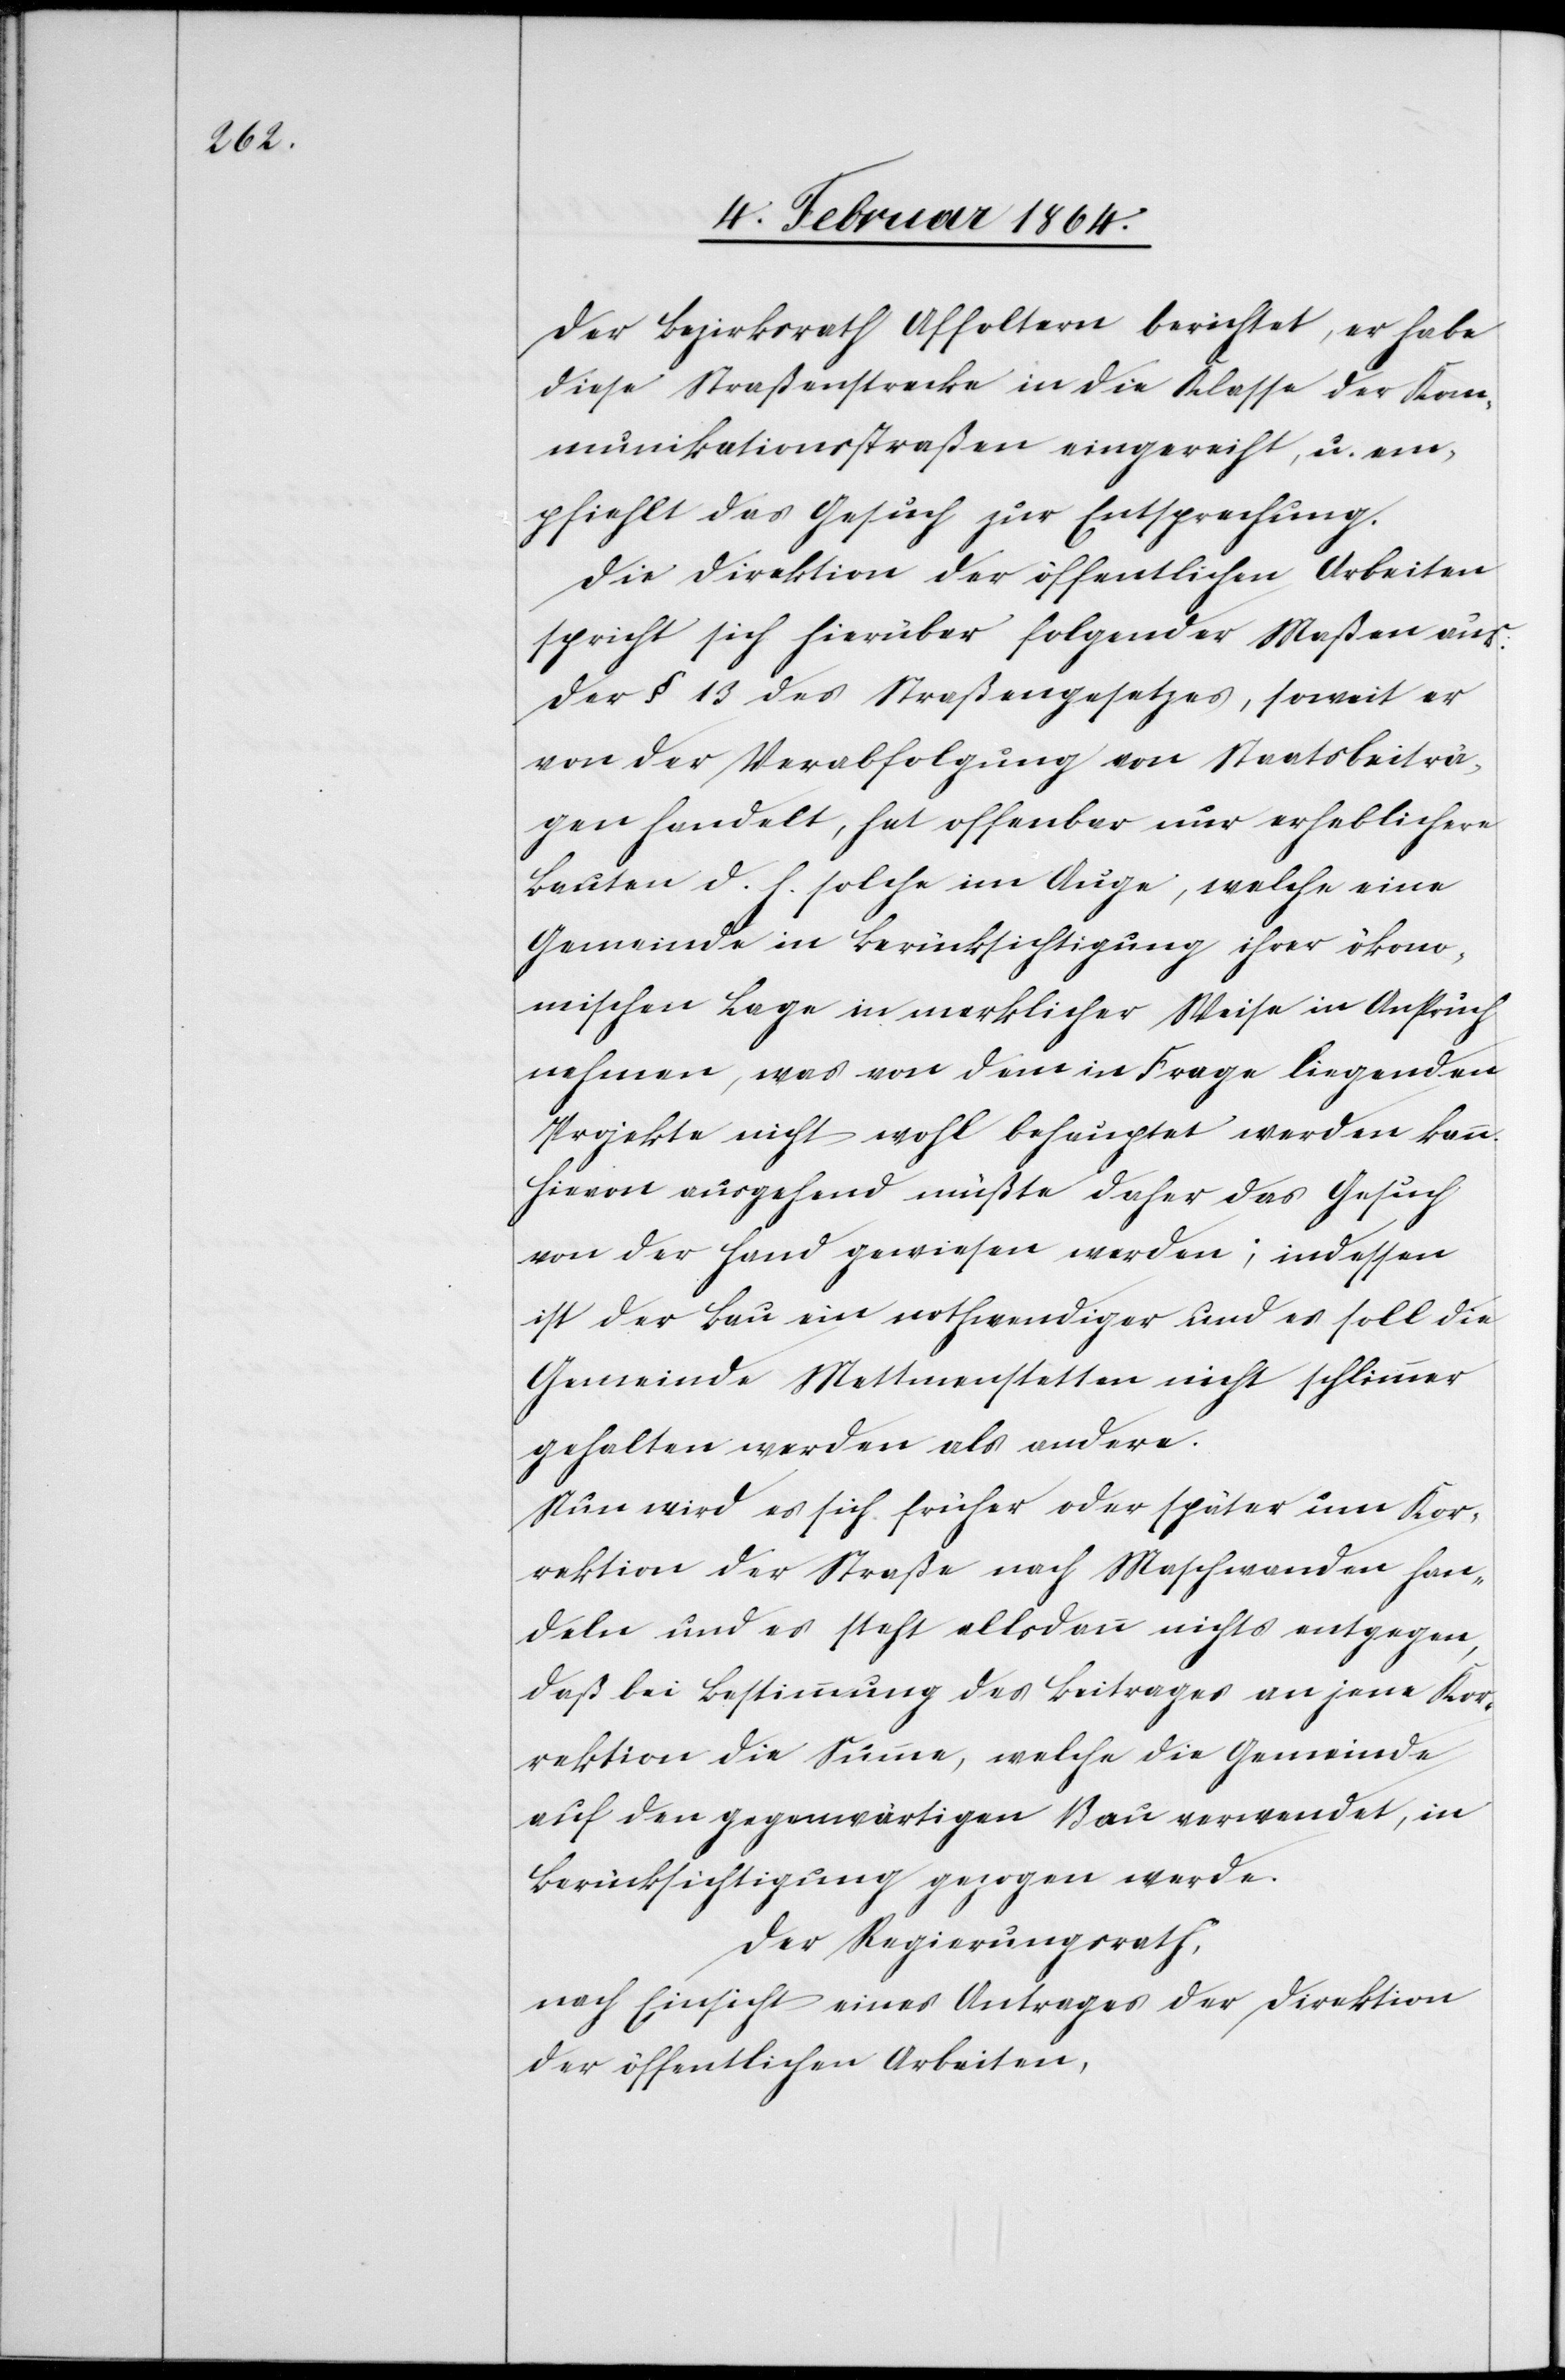
Der Bezirksrath Affoltern berichtet, er habe
diese Straßenstrecke in die Klasse der Kom¬
munikationsstraßen eingereiht, u. em¬
pfiehlt das Gesuch zur Entsprechung.
Die Direktion der öffentlichen Arbeiten
spricht sich hierüber folgender Maßen aus:
Der § 13 des Straßengesetzes, soweit er
von der Verabfolgung von Staatsbeiträ¬
gen handelt, hat offenbar nur erheblichere
Bauten d. h. solche im Auge, welche eine
Gemeinde in Berücksichtigung ihrer ökono¬
mischen Lage in merklicher Weise in Anspruch
nehmen, was von dem in Frage liegenden
Projekte nicht wohl behauptet werden kann.
Hievon ausgehend müßte daher das Gesuch
von der Hand gewiesen werden; indessen
ist der Bau ein nothwendiger und es soll die
Gemeinde Mettmenstetten nicht schlimmer
gehalten werden als andere.
Nun wird es sich früher oder später um Kor¬
rektion der Straße nach Maschwanden han¬
deln und es steht allsdann nichts entgegen,
daß bei Bestimmung des Beitrages an jene Kor¬
rektion die Summe, welche die Gemeinde
auf den gegenwärtigen Bau verwendet, in
Berücksichtigung gezogen werde.
Der Regierungsrath,
nach Einsicht eines Antrages der Direktion
der öffentlichen Arbeiten,